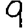
Digit: 9